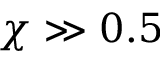
\chi \gg 0 . 5